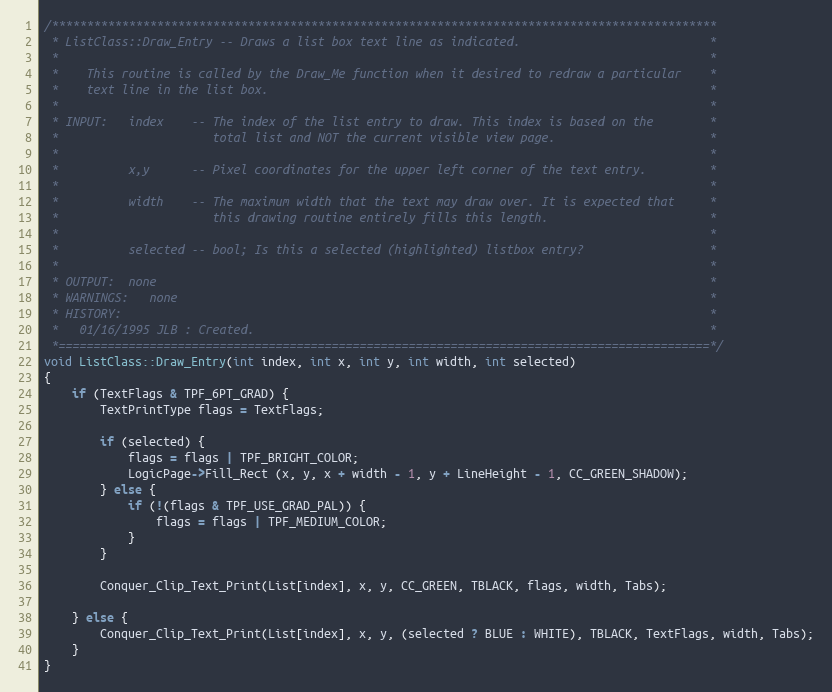
Language: C++
/***********************************************************************************************
 * ListClass::Draw_Entry -- Draws a list box text line as indicated.                           *
 *                                                                                             *
 *    This routine is called by the Draw_Me function when it desired to redraw a particular    *
 *    text line in the list box.                                                               *
 *                                                                                             *
 * INPUT:   index    -- The index of the list entry to draw. This index is based on the        *
 *                      total list and NOT the current visible view page.                      *
 *                                                                                             *
 *          x,y      -- Pixel coordinates for the upper left corner of the text entry.         *
 *                                                                                             *
 *          width    -- The maximum width that the text may draw over. It is expected that     *
 *                      this drawing routine entirely fills this length.                       *
 *                                                                                             *
 *          selected -- bool; Is this a selected (highlighted) listbox entry?                  *
 *                                                                                             *
 * OUTPUT:  none                                                                               *
 * WARNINGS:   none                                                                            *
 * HISTORY:                                                                                    *
 *   01/16/1995 JLB : Created.                                                                 *
 *=============================================================================================*/
void ListClass::Draw_Entry(int index, int x, int y, int width, int selected)
{
	if (TextFlags & TPF_6PT_GRAD) {
		TextPrintType flags = TextFlags;

		if (selected) {
			flags = flags | TPF_BRIGHT_COLOR;
			LogicPage->Fill_Rect (x, y, x + width - 1, y + LineHeight - 1, CC_GREEN_SHADOW);
		} else {
			if (!(flags & TPF_USE_GRAD_PAL)) {
				flags = flags | TPF_MEDIUM_COLOR;
			}
		}

		Conquer_Clip_Text_Print(List[index], x, y, CC_GREEN, TBLACK, flags, width, Tabs);

	} else {
		Conquer_Clip_Text_Print(List[index], x, y, (selected ? BLUE : WHITE), TBLACK, TextFlags, width, Tabs);
	}
}